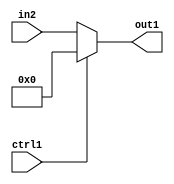
`timescale 1ps / 1ps
/*****************************************************************************
    Verilog RTL Description
    
    
    Created by: Stratus DpOpt 21.05.01 
*******************************************************************************/

module dut_N_Mux_8_2_52_4 (
	in2,
	ctrl1,
	out1
	); /* architecture "behavioural" */ 
input [7:0] in2;
input  ctrl1;
output [7:0] out1;
wire [7:0] asc001;

reg [7:0] asc001_tmp_0;
assign asc001 = asc001_tmp_0;
always @ (ctrl1 or in2) begin
	case (ctrl1)
		1'B1 : asc001_tmp_0 = 8'B00000000 ;
		default : asc001_tmp_0 = in2 ;
	endcase
end

assign out1 = asc001;
endmodule

/* CADENCE  uLT1Sw4= : u9/ySxbfrwZIxEzHVQQV8Q== ** DO NOT EDIT THIS LINE ******/